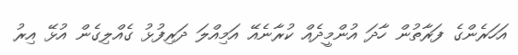
އަހަރެންގެ ފަރާތުން ހާދަ އުންމީދެއް ކުރާނެއޭ އަމިއްލަ ދަރިފުޅު ގެއްލިގެން އުޅޭ އިރު